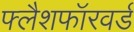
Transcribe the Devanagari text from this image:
फ्लैशफॉरवर्ड